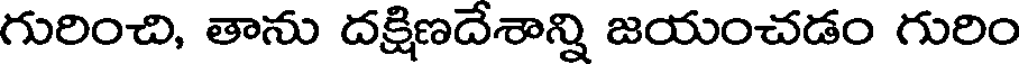
గురించి, తాను దక్షిణదేశాన్ని జయంచడం గురిం